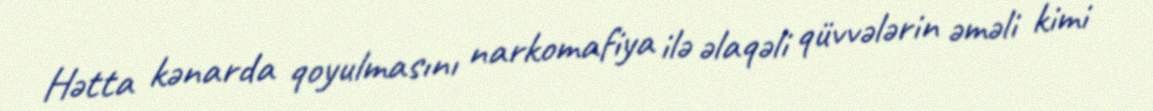
Hətta kənarda qoyulmasını narkomafiya ilə əlaqəli qüvvələrin əməli kimi